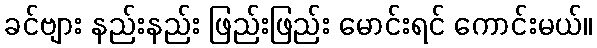
ခင်ဗျား နည်းနည်း ဖြည်းဖြည်း မောင်းရင် ကောင်းမယ်။